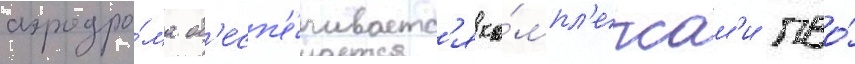
аэродро́ма об'есп'е́чиваетс'я ко́мпл'ексам'и пво́